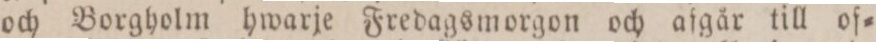
och Borgholm hwarje Fredagsmorgon och aſgår till of=